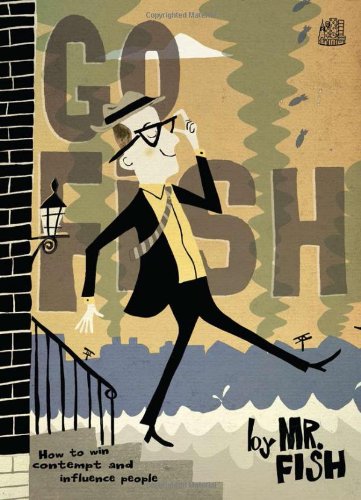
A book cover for Go Fish: How to Win Contempt and Influence People; Humor & Entertainment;